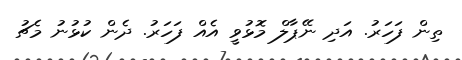
ތިން ފަހަރު. އަދި ނޭޕާލް މޮޅުވީ އެއް ފަހަރު. ދެން ކުޅުނު މެޗު